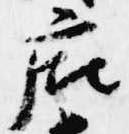
廂